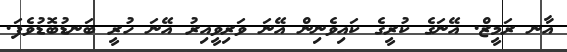
އާނ ރަމީޒް. އޭނަގެ ކުރީގެ ކައިވެނިން އޭނަ ވަރިވީއިރު އޭނަ ހުރީ ބަނޑުބޮޑުވެފަ.